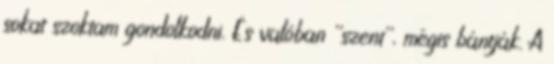
sokat szoktam gondolkodni. És valóban ''szent'', mégis bántják. A